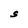
Character: S